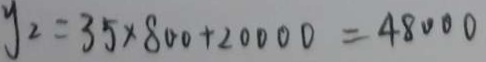
y _ { 2 } = 3 5 \times 8 0 0 + 2 0 0 0 0 = 4 8 0 0 0